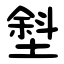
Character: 㙦